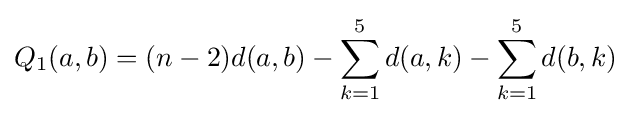
Q_{1}(a,b)=(n-2)d(a,b)-\sum _{k=1}^{5}d(a,k)-\sum _{k=1}^{5}d(b,k)